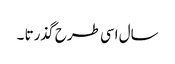
سال اسی طرح گذرتا ۔